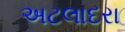
અટલાદરા